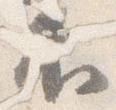
不